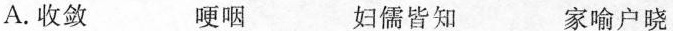
A.收敛 哽咽 妇儒皆知 家喻户晓